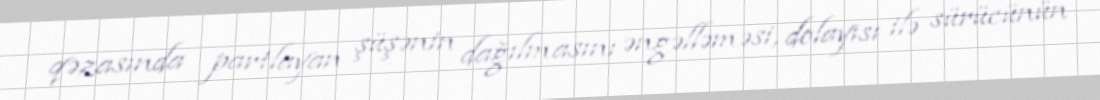
qəzasında partlayan şüşənin dağılmasını əngəlləməsi, dolayısı ilə sürücünün